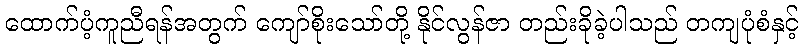
ထောက်ပံ့ကူညီရန်အတွက် ကျော်စိုးသော်တို့ နိုင်လွန်ဇာ တည်းခိုခဲ့ပါသည် တကျပုံစံနှင့်